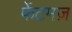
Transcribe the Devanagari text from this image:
फेंटमज़